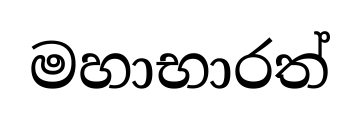
මහාභාරත්